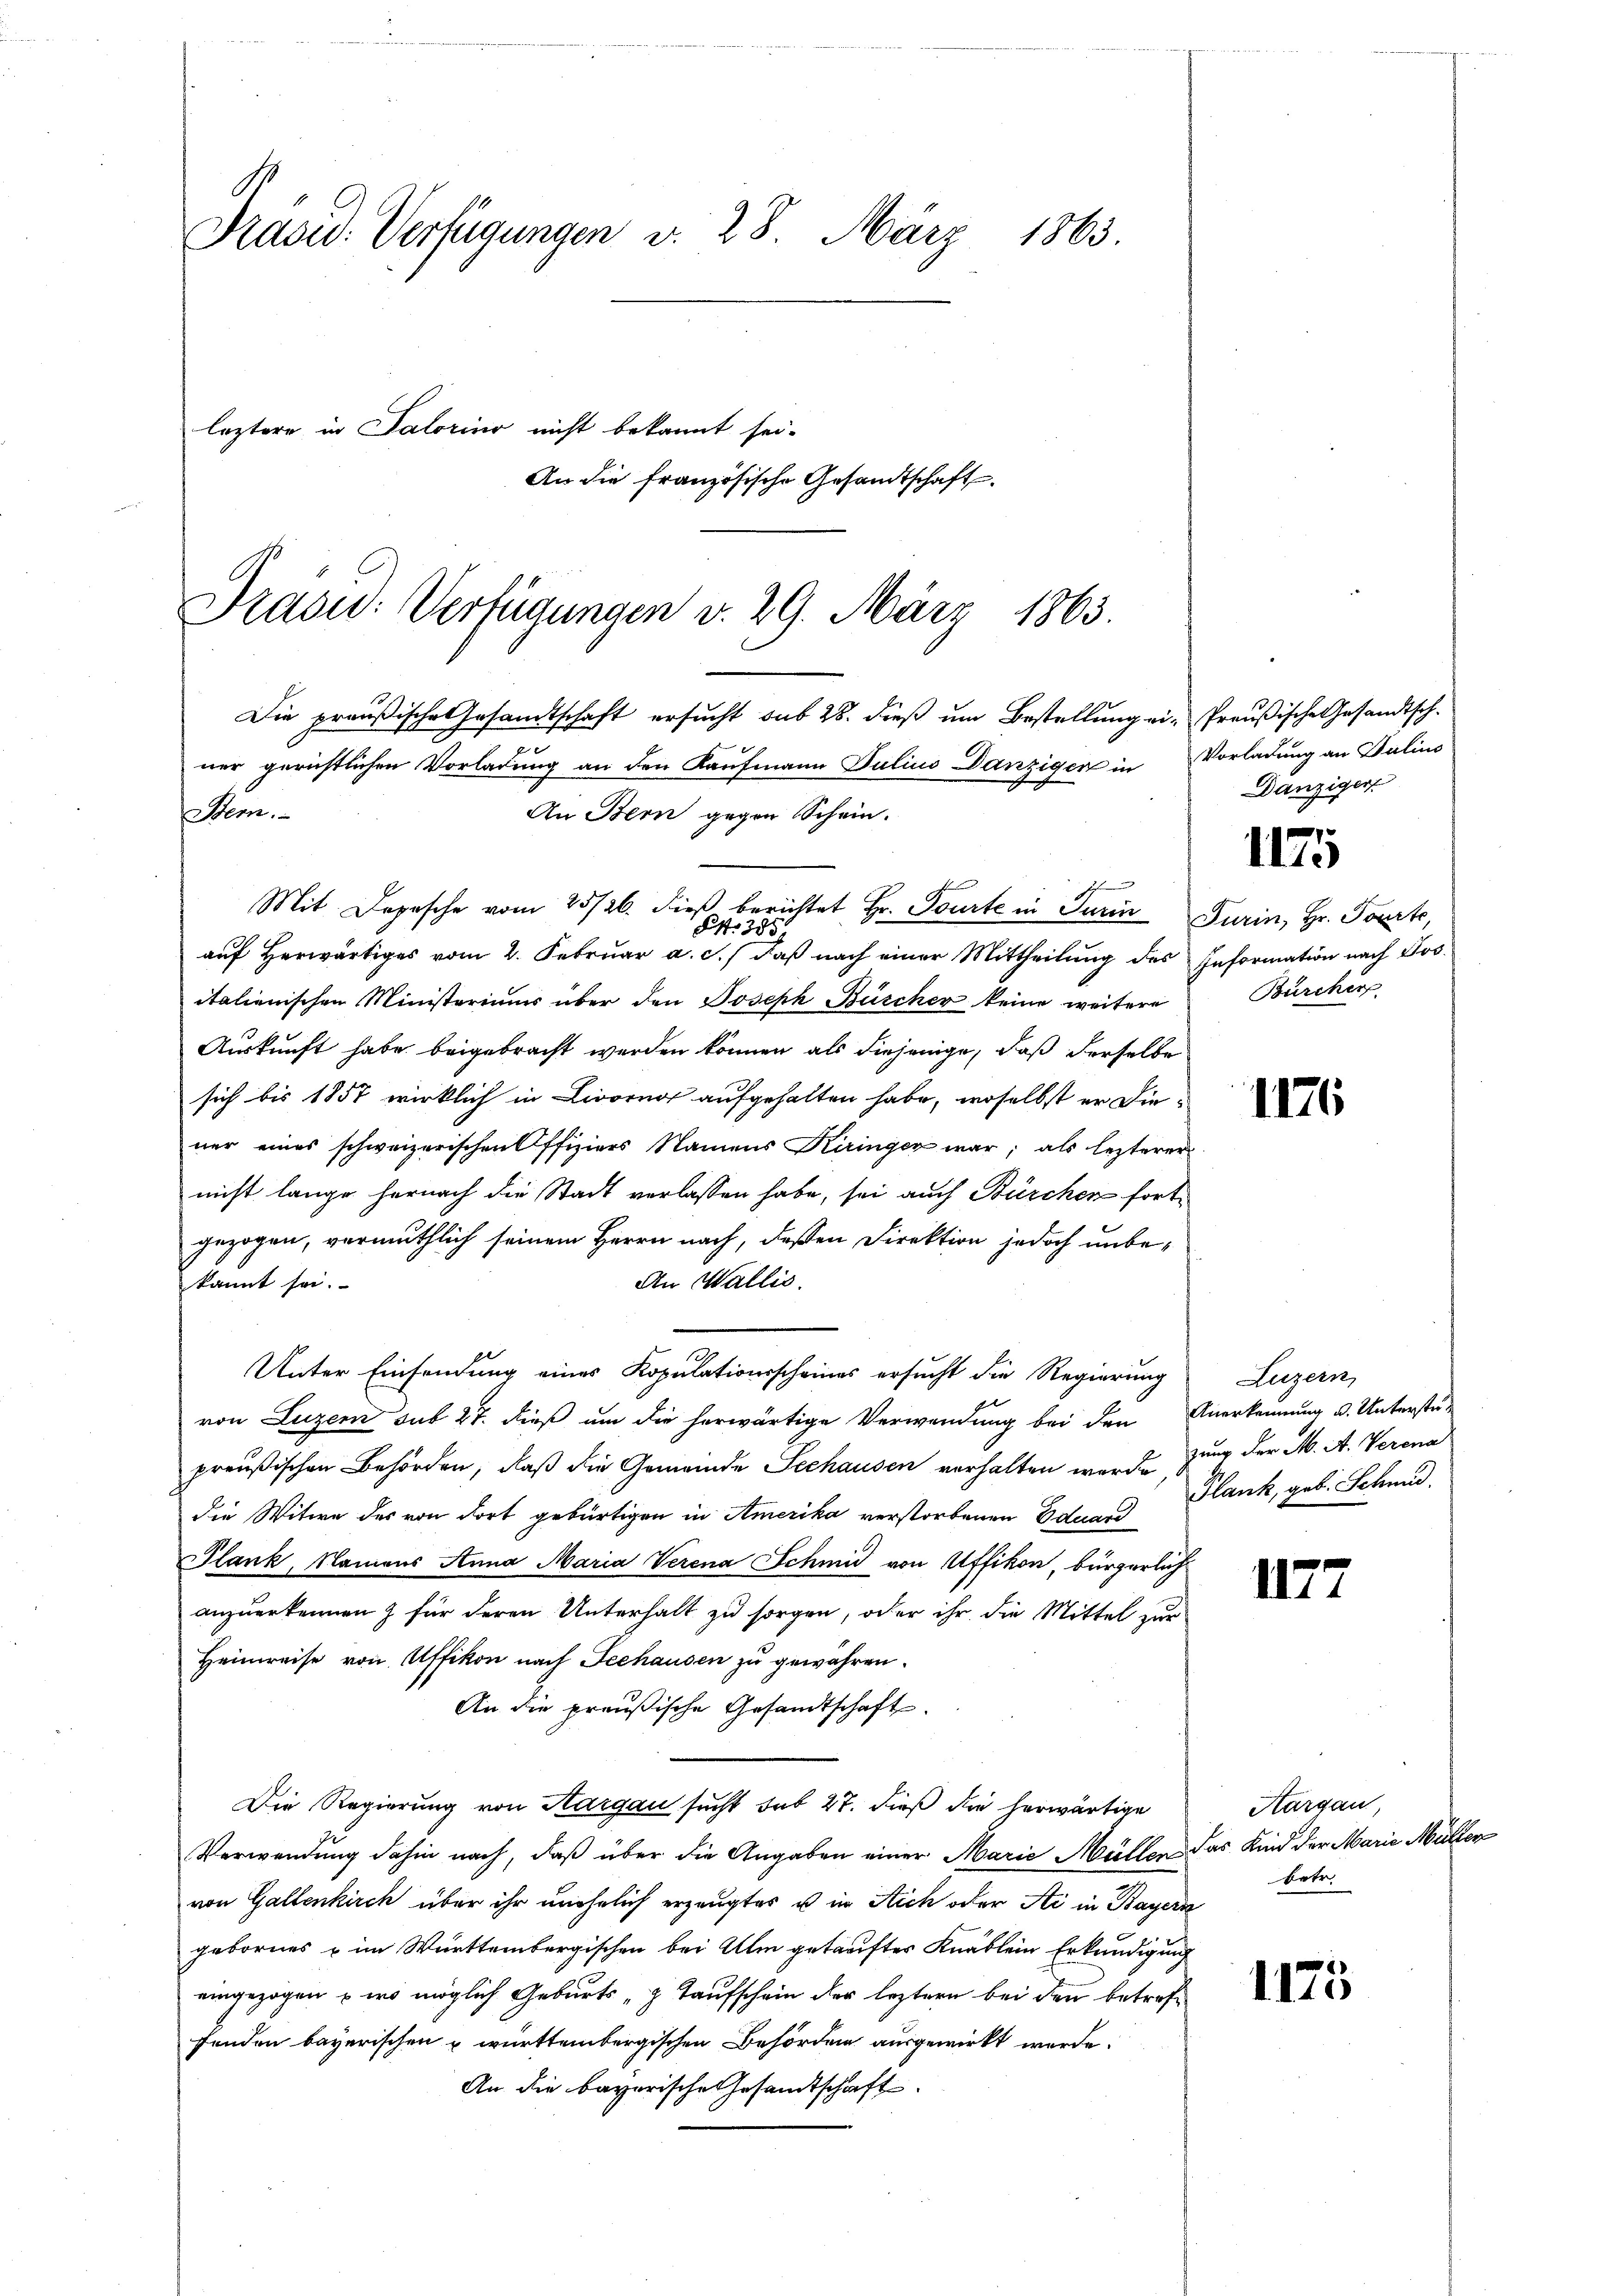
Präsid. Verfügungen v. 28. März 1863.
leztere in Salorino nicht bekannt sei.

An die französische Gesandtschaft

Prasid: Verfügungen v. 29. März 1863.

Die preußische Gesandtschaft ersucht sub 28. dieß um Bestellung ei-Preußische Gesandtschner gerichtlichen Vorladung an den Kaufmann Julius Danzigen in Vorladung an Balins
An Bern gegen Schein.
em.
Mit Depesche vom 25/26. dieβ berichtet Hr. Tourte in Turin Turin, Hr. Pourt,
S. 385.
aŭf herwärtiges vom 2. Febrŭar a. c. daβ nach einer Mittheilŭng des Information nach Jos.
italienischen Ministeriums über den Joseph Büscher keine weitere
Auskunft habe beigebracht werden können, als diejenige, daß derselbe
sich bis 1857 wirklich in Livorno aufgehalten habe, woselbst er die-
ner eines schweizerischen Offiziers Namens Kiringer war, als lezterer
nicht lange hernach die Stadt verlassen habe, sei auch Bürchen fortgezogen, vermuthlich seinem Herrn nach, deßen Direktion jedoch unbe¬
An Wallis.
kannt sei.
Unter Einsendung eines Kopulationsscheines ersucht die Regierung
von Luzer sub 27. dieß um die herwärtige Verwendung bei den Anerkennung u. Unterstüt
preußischen Behörden, daß die Gemeinde Seehausen verhalten werden zung der M. A. Verena
die Witwe des von dort gebürtigen in Amerika verstorbenen Eduard
Blank, Namens Anna Maria Verena Schmid von Uffikon, bürgerlich
anzuerkennen & für deren Unterhalt zu sorgen, oder ihr die Mittel zur
Heimreise von Affikon nach Seehausen zu gewähren.
An die preußische Gesandtschaft
Die Regierung von Hargau sucht sub 27. dieß die herwärtige
Verwendung dahin nach, daß über die Angaben einer Marie Müller das Kind der Marie Müller
von Gallenkirch über ihr unehelich erzeugtes u in Stich oder Sti in Bayern
gebornes u im Württembergischen bei Ulm getauftes Knäblein Erkundigung
eingezogen – wo möglich Geburts - Taufschein der leztern bei den betreffenden bayerischen u württembergischen Behörden ausgewirkt werde.
An die bayerische Gesandtschaft

Danziger

1175

Bürcher

1176

Luzern,
Plank, geb. Schmid.

1177

Aargau,
betr.

1175